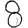
Digit: 8